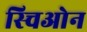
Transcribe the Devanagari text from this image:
स्चिओन